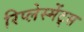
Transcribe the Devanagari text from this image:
रिप्लेस्मेंट्स